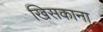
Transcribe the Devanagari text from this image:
खिसकाना